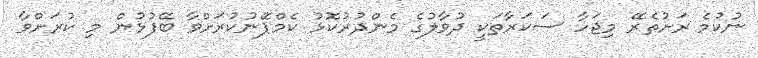
ނުކުމެ ރަށުތެރޭ މިޖަހާ ސަކަރާތަކީ ދުވާލުގެ މެންދުރުކޮޅު ކެމްޕޭނުކުރަށްވާ ބޭފުޅުން މި ކުރަށްވާ